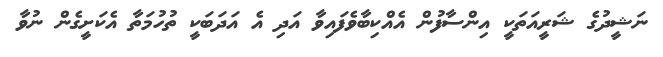
ނަޝީދުގެ ޝަރީއަތަކީ އިންސާފުން އެއްކިބާވެފައިވާ އަދި އެ އަދަބަކީ ތުހުމަތާ އެކަށީގެން ނުވާ